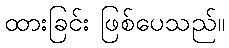
ထားခြင်း ဖြစ်ပေသည်။